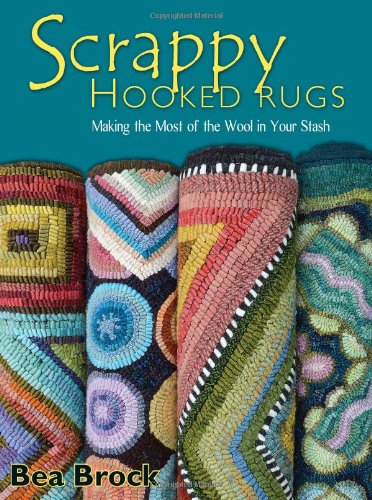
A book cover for Scrappy Hooked Rugs: Making the Most of the Wool in Your Stash; Bea Brock; Crafts, Hobbies & Home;